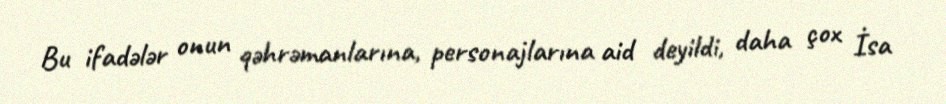
Bu ifadələr onun qəhrəmanlarına, personajlarına aid deyildi, daha çox İsa